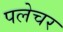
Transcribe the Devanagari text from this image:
पलेचर